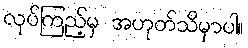
လုပ်ကြည့်မှ အဟုတ်သိမှာပါ။